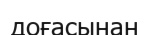
доғасынан